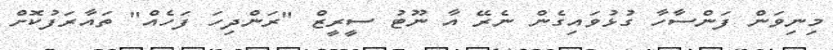
މިނިވަން ފަންސާހާ ގުޅުވައިގެން ނެރޭ އާ ނޫޓު ސީރީޒް "ރަންދިހަ ފަހެއް" ތައާރަފުކޮށް